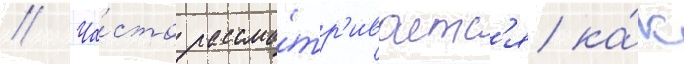
// Ча́сто рассма́тр'иваетс'я ка́к